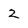
Character: 2